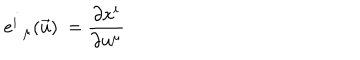
LaTeX: e _ { \; \; \mu } ^ { i } ( \vec { u } ) \ = \frac { \partial x ^ { i } } { \partial u ^ { \mu } }